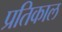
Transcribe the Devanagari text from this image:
प्रतिकाल